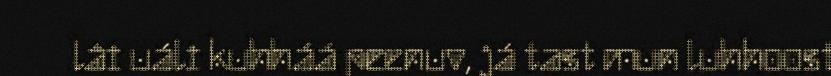
lâi uáli kuhháá peenuv, já tast mun luhhoost